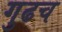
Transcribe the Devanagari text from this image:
गुढच